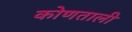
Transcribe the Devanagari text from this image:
कोणताली